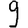
Digit: 9